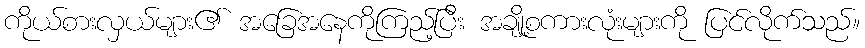
ကိုယ်စားလှယ်များ၏ အခြေအနေကိုကြည့်ပြီး အချို့စကားလုံးများကို ပြင်လိုက်သည်။